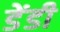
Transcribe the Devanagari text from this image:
डेंडी